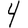
Digit: 4